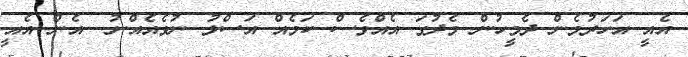
އެއީ އަހަރުމެން ދެމީހުން މެދުގަ އެއްވެސް ކަމެއް އަސްލު ނުވެއެއްނު.. އެން އެއީ